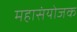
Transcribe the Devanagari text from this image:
महासंयोजक